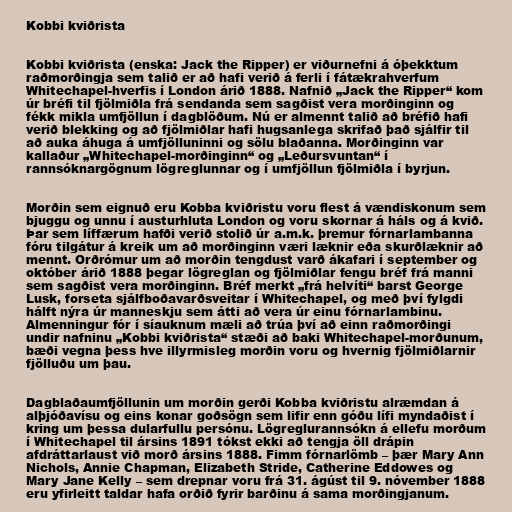
Kobbi kviðrista

Kobbi kviðrista (enska: Jack the Ripper) er viðurnefni á óþekktum
raðmorðingja sem talið er að hafi verið á ferli í fátækrahverfum
Whitechapel-hverfis í London árið 1888. Nafnið „Jack the Ripper“ kom
úr bréfi til fjölmiðla frá sendanda sem sagðist vera morðinginn og
fékk mikla umfjöllun í dagblöðum. Nú er almennt talið að bréfið hafi
verið blekking og að fjölmiðlar hafi hugsanlega skrifað það sjálfir til
að auka áhuga á umfjölluninni og sölu blaðanna. Morðinginn var
kallaður „Whitechapel-morðinginn“ og „Leðursvuntan“ í
rannsóknargögnum lögreglunnar og í umfjöllun fjölmiðla í byrjun.

Morðin sem eignuð eru Kobba kviðristu voru flest á vændiskonum sem
bjuggu og unnu í austurhluta London og voru skornar á háls og á kvið.
Þar sem líffærum hafði verið stolið úr a.m.k. þremur fórnarlambanna
fóru tilgátur á kreik um að morðinginn væri læknir eða skurðlæknir að
mennt. Orðrómur um að morðin tengdust varð ákafari í september og
október árið 1888 þegar lögreglan og fjölmiðlar fengu bréf frá manni
sem sagðist vera morðinginn. Bréf merkt „frá helvíti“ barst George
Lusk, forseta sjálfboðavarðsveitar í Whitechapel, og með því fylgdi
hálft nýra úr manneskju sem átti að vera úr einu fórnarlambinu.
Almenningur fór í síauknum mæli að trúa því að einn raðmorðingi
undir nafninu „Kobbi kviðrista“ stæði að baki Whitechapel-morðunum,
bæði vegna þess hve illyrmisleg morðin voru og hvernig fjölmiðlarnir
fjölluðu um þau.

Dagblaðaumfjöllunin um morðin gerði Kobba kviðristu alræmdan á
alþjóðavísu og eins konar goðsögn sem lifir enn góðu lífi myndaðist í
kring um þessa dularfullu persónu. Lögreglurannsókn á ellefu morðum
í Whitechapel til ársins 1891 tókst ekki að tengja öll drápin
afdráttarlaust við morð ársins 1888. Fimm fórnarlömb – þær Mary Ann
Nichols, Annie Chapman, Elizabeth Stride, Catherine Eddowes og
Mary Jane Kelly – sem drepnar voru frá 31. ágúst til 9. nóvember 1888
eru yfirleitt taldar hafa orðið fyrir barðinu á sama morðingjanum.